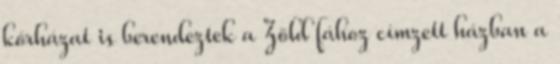
kórházat is berendeztek a Zöld fához címzett házban a